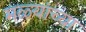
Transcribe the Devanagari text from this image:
मळ्यांच्या